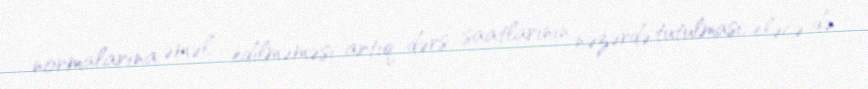
normalarına əməl edilməməsi artıq dərs saatlarının nəzərdə tutulması, eləcə də